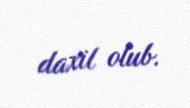
daxil olub.